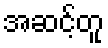
အဆင့်တူ